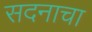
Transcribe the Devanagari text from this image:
सदनाचा